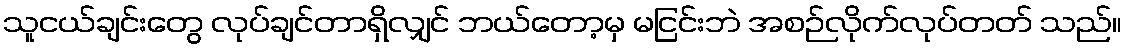
သူငယ်ချင်းတွေ လုပ်ချင်တာရှိလျှင် ဘယ်တော့မှ မငြင်းဘဲ အစဉ်လိုက်လုပ်တတ် သည်။